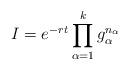
LaTeX: \begin{align*}I=e^{-rt}\prod_{\alpha=1}^{k}g_{\alpha}^{n_{\alpha}} \end{align*}